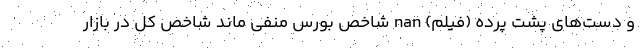
و دست‌های پشت پرده (فیلم) nan شاخص بورس منفی ماند شاخص کل در بازار